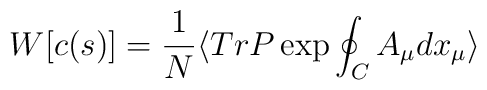
W[c(s)]=\frac{1}{N}\langle TrP\exp \oint_{C}A_{\mu }dx_{\mu }\rangle